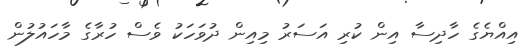
އިއްޔެގެ ހާދިސާ އިން ކުރި އަސަރު މިއިން ދުވަހަކު ވެސް ހުރާގެ މާހައުލުން